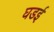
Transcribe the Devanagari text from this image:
घडई